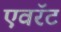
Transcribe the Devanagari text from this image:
एवरॅट